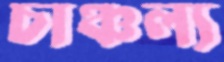
চাঞ্চল্য